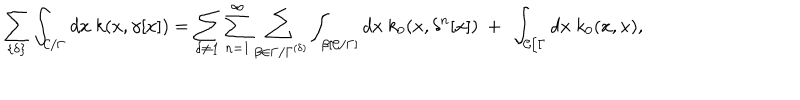
LaTeX: \sum _ { \{ \delta \} } \int _ { { \cal C } / \Gamma } d x ~ k ( x , \gamma [ x ] ) = \sum _ { \delta \neq { \bf 1 } } \sum _ { n = 1 } ^ { \infty } \sum _ { \beta \in \Gamma / \Gamma ^ { ( \delta ) } } \int _ { \beta [ { \cal C } / \Gamma ] } d x ~ k _ { 0 } ( x , \delta ^ { n } [ x ] ) ~ + ~ \int _ { { \cal C } / \Gamma } d x ~ k _ { 0 } ( x , x ) ,